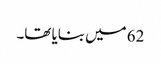
62 میں بنایا تھا۔